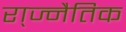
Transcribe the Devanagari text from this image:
रा्ज्नैतिक